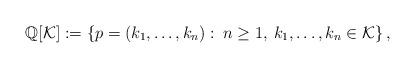
LaTeX: \begin{align*}\mathbb{Q}[\mathcal{K}]:=\left\{p=(k_1,\ldots,k_n):\:n\geq 1,\:k_1,\ldots,k_n\in\mathcal{K}\right\},\end{align*}